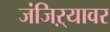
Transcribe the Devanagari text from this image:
जंजिऱ्यावर